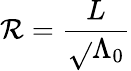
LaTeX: \mathcal{R}=\frac{{L}}{{\sqrt{}{{\Lambda_{0}}}}}